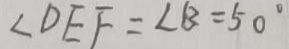
\angle D E F = \angle B = 5 0 ^ { \circ }